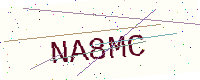
Text: NA8MC